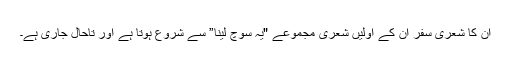
ان کا شعری سفر ان کے اولیں شعری مجموعے "یہ سوچ لینا” سے شروع ہوتا ہے اور تاحال جاری ہے۔